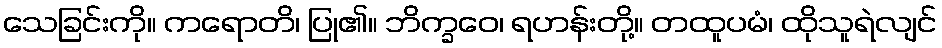
သေခြင်းကို။ ကရောတိ၊ ပြု၏။ ဘိက္ခဝေ၊ ရဟန်းတို့။ တထူပမံ၊ ထိုသူရဲလျင်